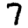
Digit: 7